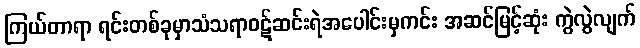
ကြယ်တာရာ ရင်းတစ်ခုမှာသံသရာဝဋ်ဆင်းရဲအပေါင်းမှကင်း အဆင်မြင့်ဆုံး ကွဲလွဲလျက်